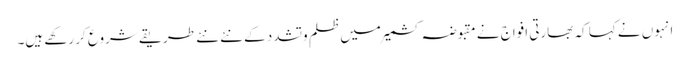
انہوں نے کہا کہ بھارتی افواج نے مقبوضہ کشمیر میں ظلم وتشدد کے نئے نئے طریقے شروع کر رکھے ہیں۔